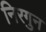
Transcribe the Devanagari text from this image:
निरगुन